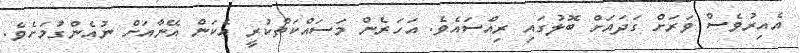
އެއިރުވެސް ވަރަށް ގަދައަށް ބޮލުގައި ރިއްސައެވެ. އަހަރެން މަސައްކަތްކުރީ އެކަން އޭނާއަށް ނުއެންގުމަށެވެ.